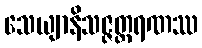
သေယျာနိသဇ္ဇတ္ထရဏဿ